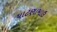
પાટણામાઉ